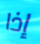
إذا